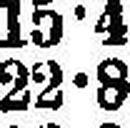
22•8